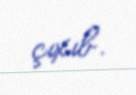
çıxıb.